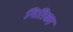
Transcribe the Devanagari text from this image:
गितिका